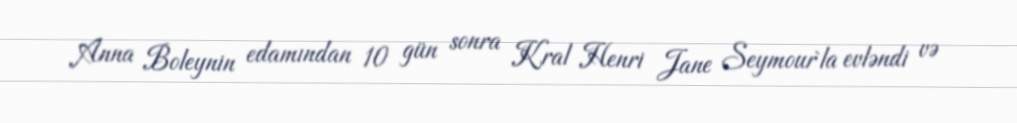
Anna Boleynin edamından 10 gün sonra Kral Henri Jane Seymour`la evləndi və